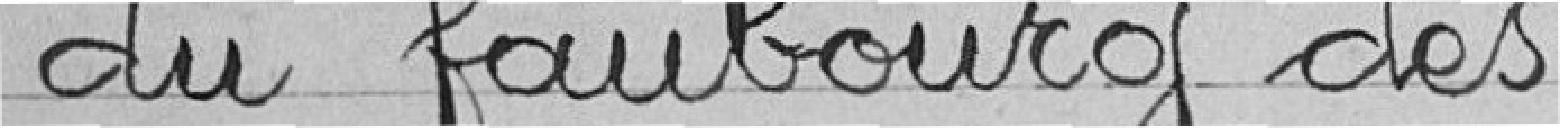
du faubourg des